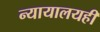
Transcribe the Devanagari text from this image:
न्यायालयही